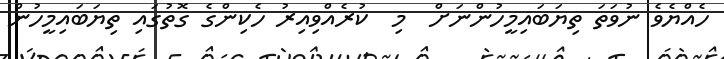
ހެއްޔެވެ ނުވަތަ ތިޔަބައިމީހުންނަށް  މި  ކުރެއްވިއިރު ހެކިންގެ ގޮތުގައި ތިޔަބައިމީހުން